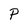
Character: P